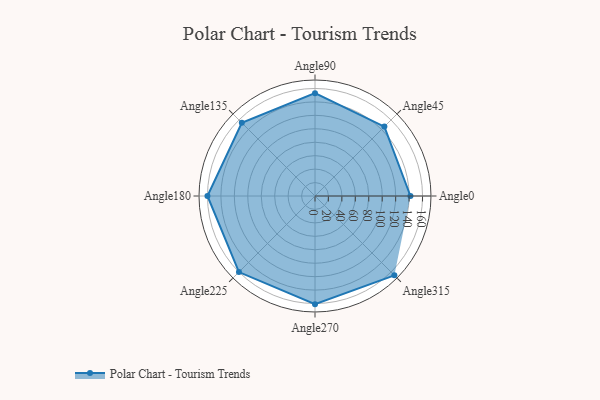
{"axis": {"x": "Angle", "y": "Radius"}, "legend": [""], "data": [{"x": "Angle0", "y": 142.0, "type": ""}, {"x": "Angle45", "y": 146.0, "type": ""}, {"x": "Angle90", "y": 153.0, "type": ""}, {"x": "Angle135", "y": 154.0, "type": ""}, {"x": "Angle180", "y": 160.0, "type": ""}, {"x": "Angle225", "y": 160.0, "type": ""}, {"x": "Angle270", "y": 161.0, "type": ""}, {"x": "Angle315", "y": 167.0, "type": ""}]}